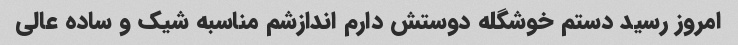
امروز رسید دستم خوشگله دوستش دارم اندازشم مناسبه شیک و ساده عالی